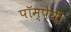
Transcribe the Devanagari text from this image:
पॉम्पेयी